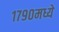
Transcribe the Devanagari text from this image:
१७९०मध्ये